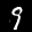
Label: 9